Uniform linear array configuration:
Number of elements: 48
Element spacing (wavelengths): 0.75
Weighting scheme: hann
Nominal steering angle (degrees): -45
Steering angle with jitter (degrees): -43.325
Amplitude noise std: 0.05
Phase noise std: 0.05

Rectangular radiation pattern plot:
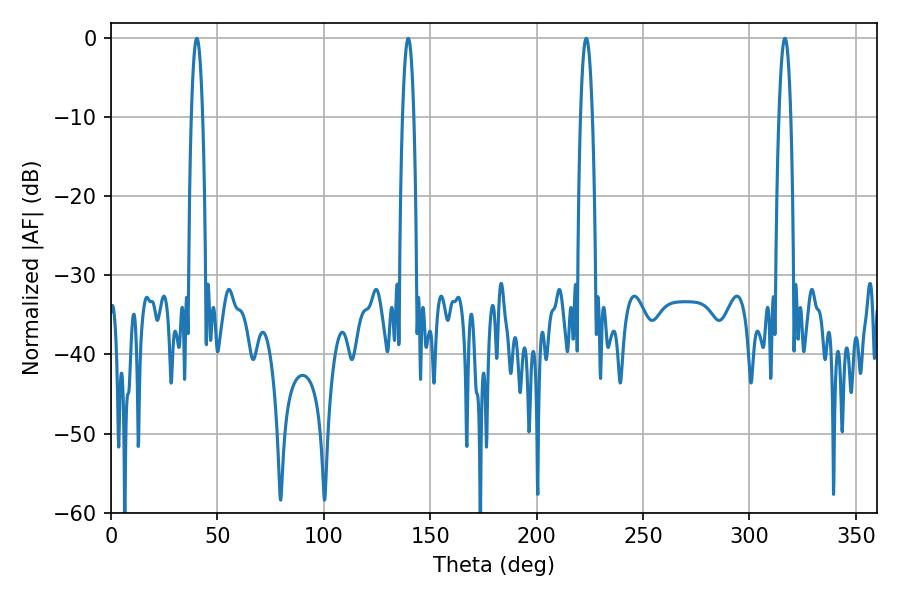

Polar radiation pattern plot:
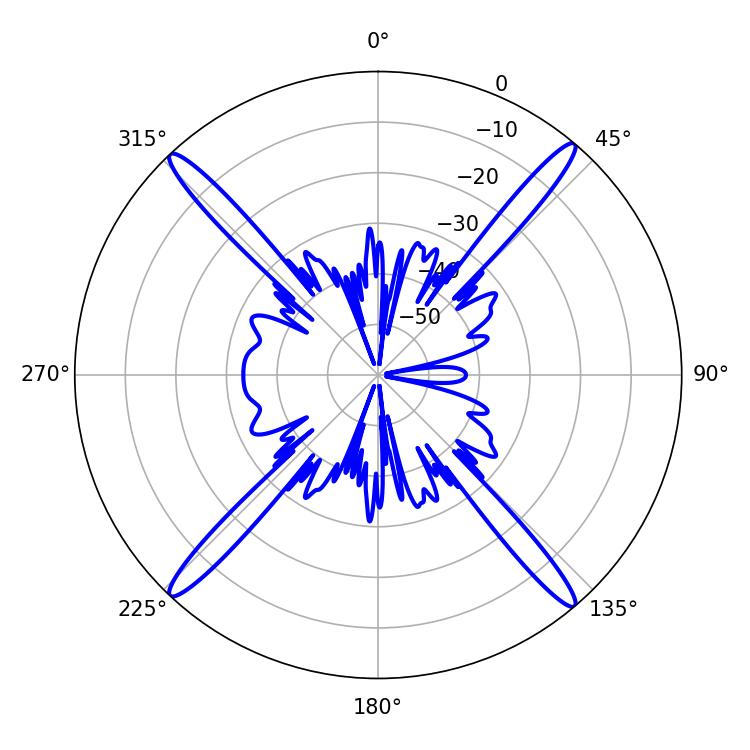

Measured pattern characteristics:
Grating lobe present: TRUE
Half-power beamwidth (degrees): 2.88
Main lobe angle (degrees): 40.32